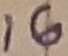
Text: 16